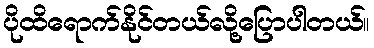
ပိုထိရောက်နိုင်တယ်လို့ပြောပါတယ်။